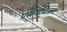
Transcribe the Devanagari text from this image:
प्रसंगचित्रण